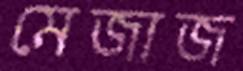
মেজাজ